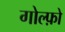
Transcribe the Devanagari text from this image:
गोल्फ़ो